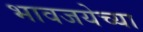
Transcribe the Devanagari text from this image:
भावजयेच्या